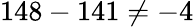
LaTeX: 148-141\neq-4